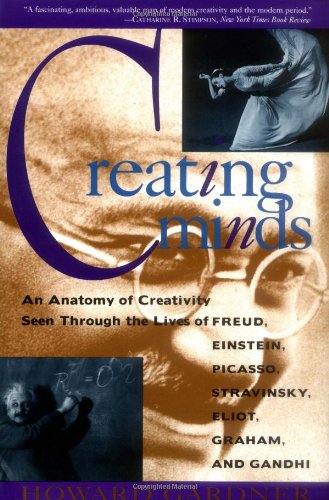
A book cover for Creating Minds: An Anatomy of Creativity as Seen Through the Lives of Freud, Einstein, Picasso, Stravinsky, Eliot, Graham, and Gandhi; Howard E. Gardner; Religion & Spirituality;